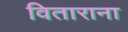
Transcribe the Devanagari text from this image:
विताराना